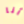
أنا